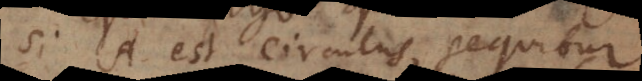
i A est circulus, sequitur